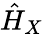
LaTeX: \hat{H}_{X}